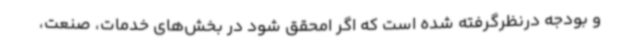
و بودجه درنظرگرفته شده است که اگر امحقق شود در بخش‌های خدمات، صنعت،